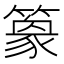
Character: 𥴎